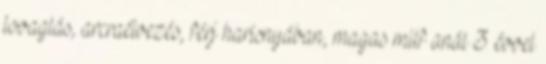
lovaglás, arcraélvezés, férj harisnyában, magas milf anál 3 évvel